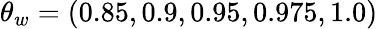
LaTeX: \theta_{w}=(0.85,0.9,0.95,0.975,1.0)